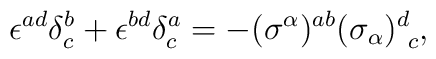
\epsilon^{ad} \delta^b_c + \epsilon^{bd} \delta^a_c =- (\sigma^\alpha)^{ab} (\sigma_\alpha)^d_{~c},